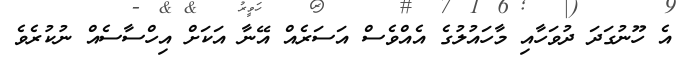
އެ ހޫނުގަދަ ދުވަހާއި މާހައުލުގެ އެއްވެސް އަސަރެއް އޭނާ އަކަށް އިހްސާސެއް ނުކުރެވެ